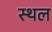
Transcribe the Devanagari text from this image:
स्थल